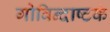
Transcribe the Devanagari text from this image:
गोविन्दाष्टकं